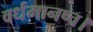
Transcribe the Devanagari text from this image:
वर्धमानष्च।